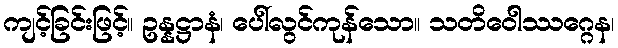
ကျင့်ခြင်းဖြင့်။ ဥန္နဋ္ဌာနံ၊ ပေါ်လွင်ကုန်သော။ သတိဝေါဿဂ္ဂေန၊